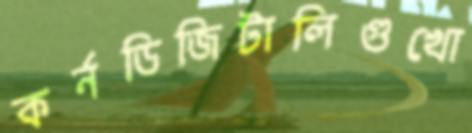
কর্নডিজিটালিগুখো